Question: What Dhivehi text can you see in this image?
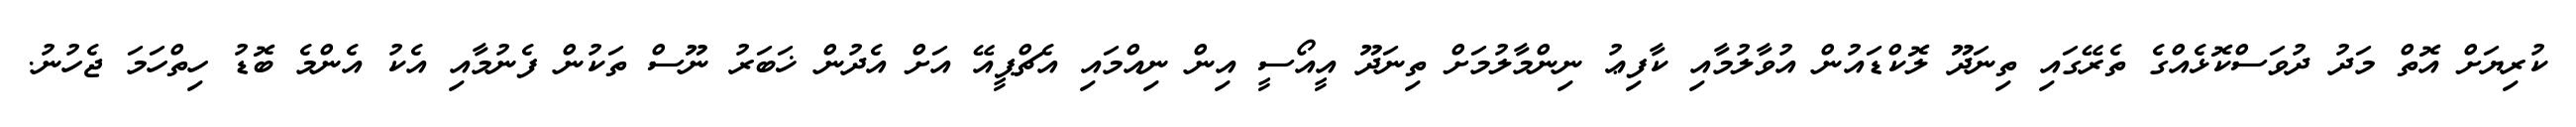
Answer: ކުރިޔަށް އޮތް މަދު ދުވަސްކޮޅެއްގެ ތެރޭގައި ތިނަދޫ ލޮކްޑައުން އުވާލުމާއި ކާފިޢު ނިންމާލުމަށް ތިނަދޫ އީއޯސީ އިން ނިއްމައި އެޗްޕީއޭ އަށް އެދުން ޚަބަރު ނޫސް ތަކުން ފެނުމާއި އެކު އެންމެ ބޮޑު ހިތްހަމަ ޖެހުނު.